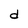
Character: d